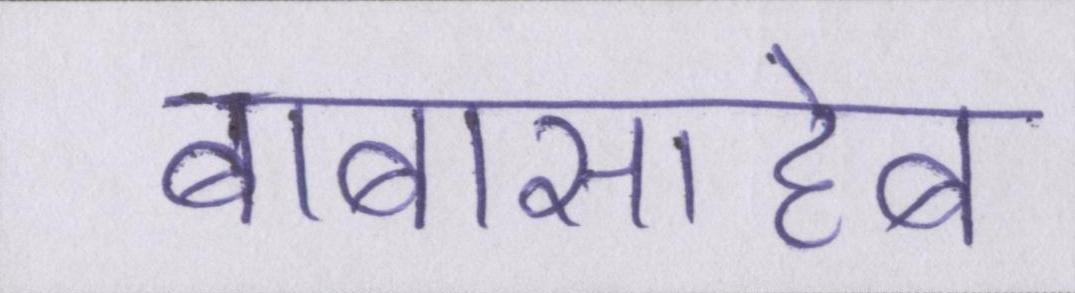
बाबासाहेब